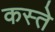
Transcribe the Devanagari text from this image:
कस्‍ते